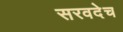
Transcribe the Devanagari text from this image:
सरवदेच